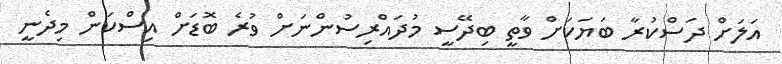
އަލަށް ދަސްކުރާ ބަޔަކަށް ވާތީ ބިދޭސީ މުދައްރިސުންނަށް ވުރެ ބޮޑަށް އިސްކަން މިދެނީ